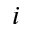
i